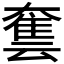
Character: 𡙿